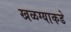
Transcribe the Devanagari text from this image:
खळग्याकडे